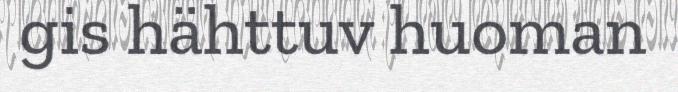
gis hähttuv huoman